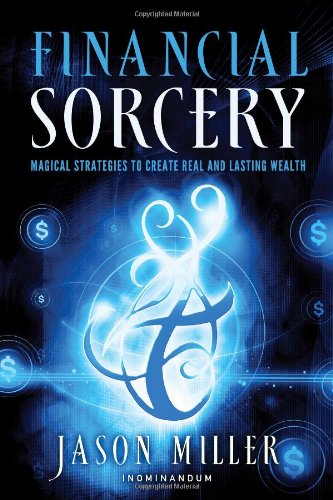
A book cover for Financial Sorcery: Magical Strategies to Create Real and Lasting Wealth; Jason Miller; Religion & Spirituality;